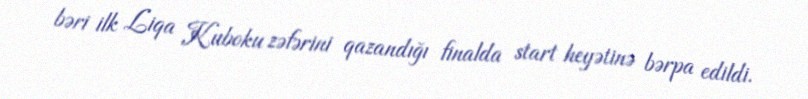
bəri ilk Liqa Kuboku zəfərini qazandığı finalda start heyətinə bərpa edildi.